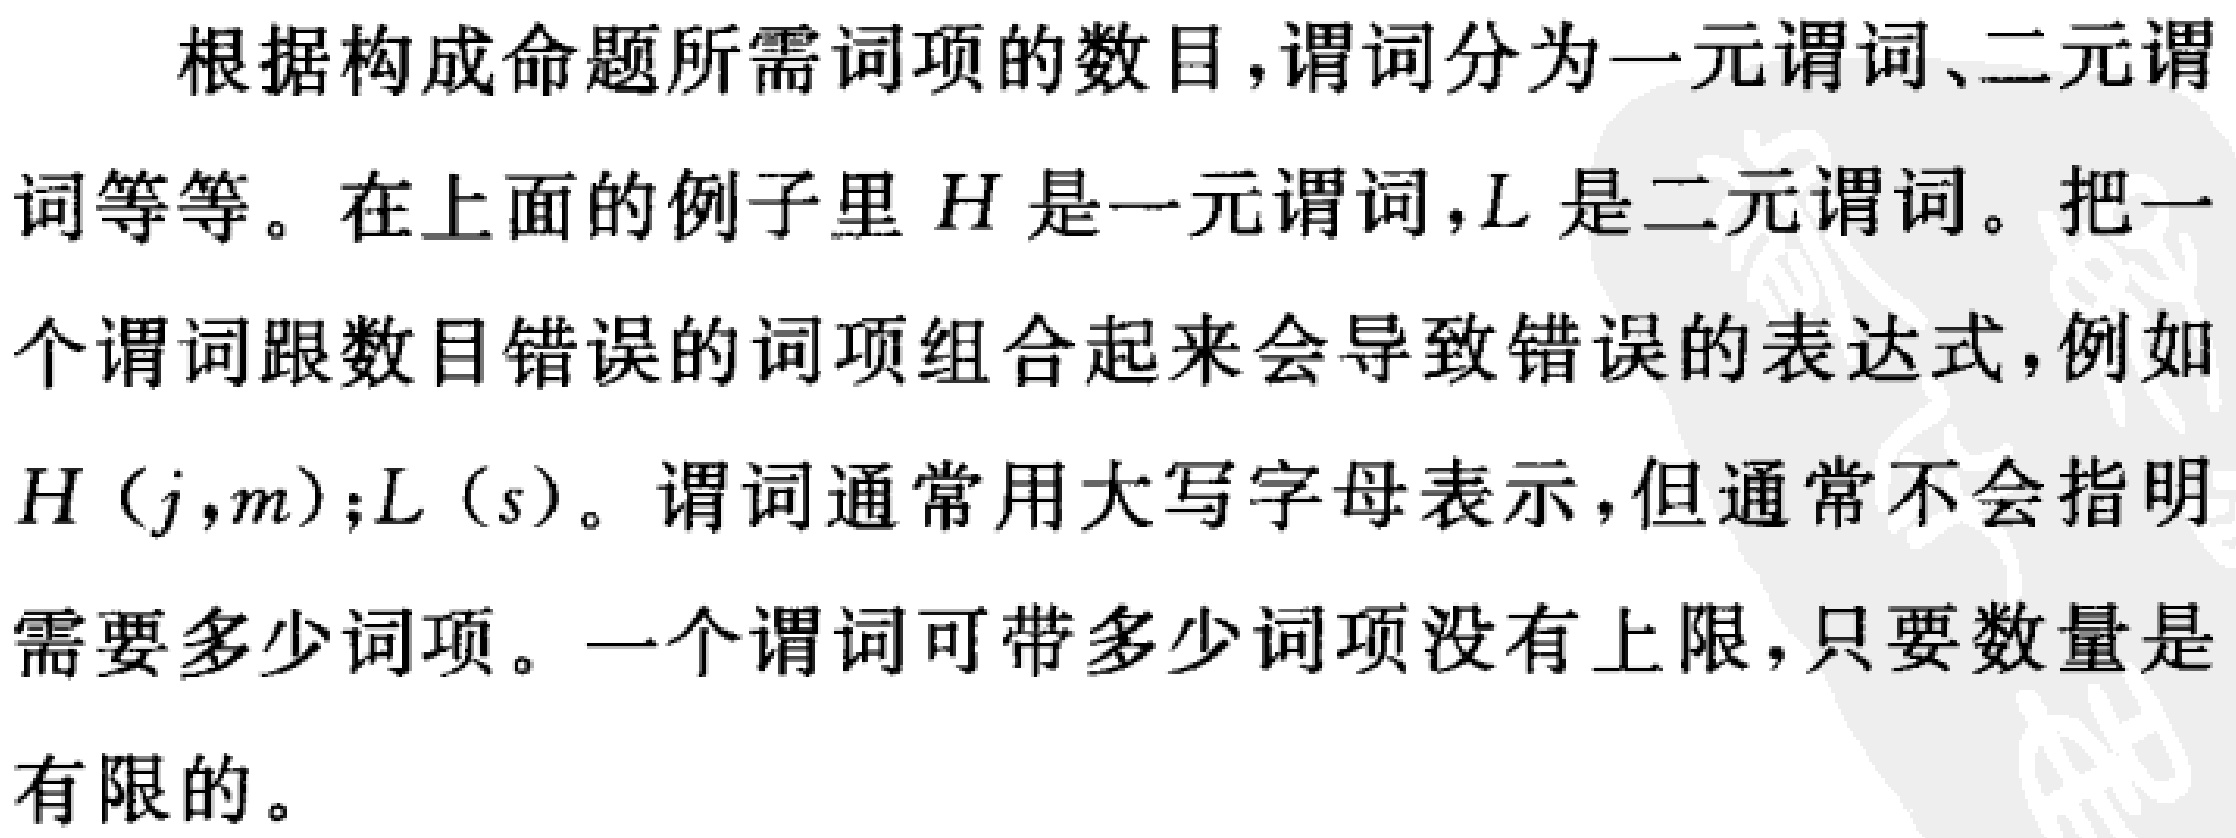
根据构成命题所需词项的数目,谓词分为一元谓词、二元谓词等等。在上面的例子里 \(H\) 是一元谓词,\(L\) 是二元谓词。把一个谓词跟数目错误的词项组合起来会导致错误的表达式,例如 \(H (j,m);L (s)\)。谓词通常用大写字母表示,但通常不会指明需要多少词项。一个谓词可带多少词项没有上限,只要数量是有限的。